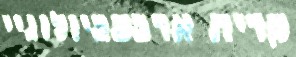
קרית ארבעביולוגיי